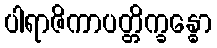
ပါရာဇိကာပတ္တိက္ခန္ဓော